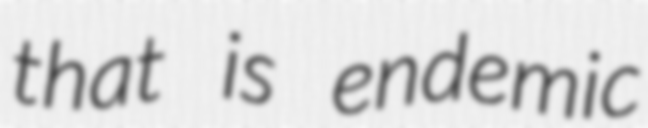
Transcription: that is endemic